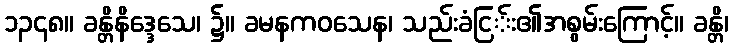
၁၃၄၈။ ခန္တိနိဒ္ဒေသေ၊ ၌။ ခမနကဝသေန၊ သည်းခံငြ်း၏အစွမ်းကြောင့်။ ခန္တိ၊